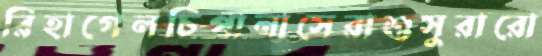
রিহাগেলচিপানাসেরাশুসুরারো